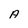
Character: A